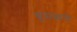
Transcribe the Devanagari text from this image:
घुसळले